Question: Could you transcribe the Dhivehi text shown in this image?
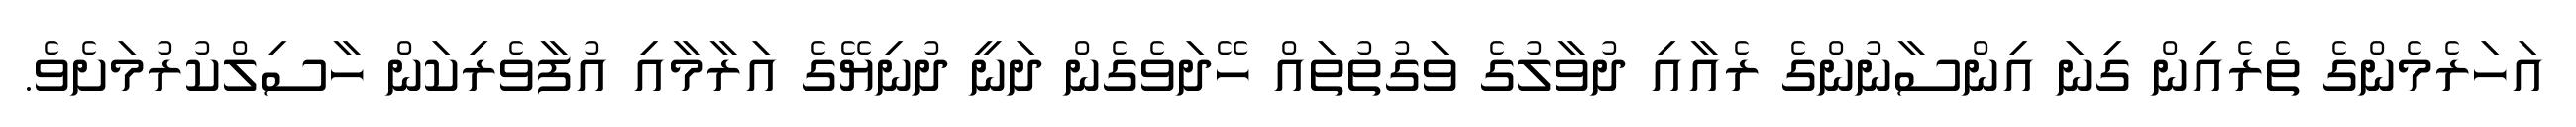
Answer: އަހަރެމެންގެ ތެރެއިން ގިނަ އިންސާނުންގެ ރެއާއި ދުވާލުގެ ވަގުތުތައް ހޭދަވެގެން ދަނީ ދުނިޔޭގެ އަރާމާއި އުފާވެރިކަން ހާސިލްކުރުމަށެވެ.